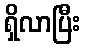
ရှိလာပြီး